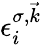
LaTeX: \epsilon_{i}^{\sigma,\vec{k}}